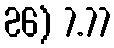
26) 7.77